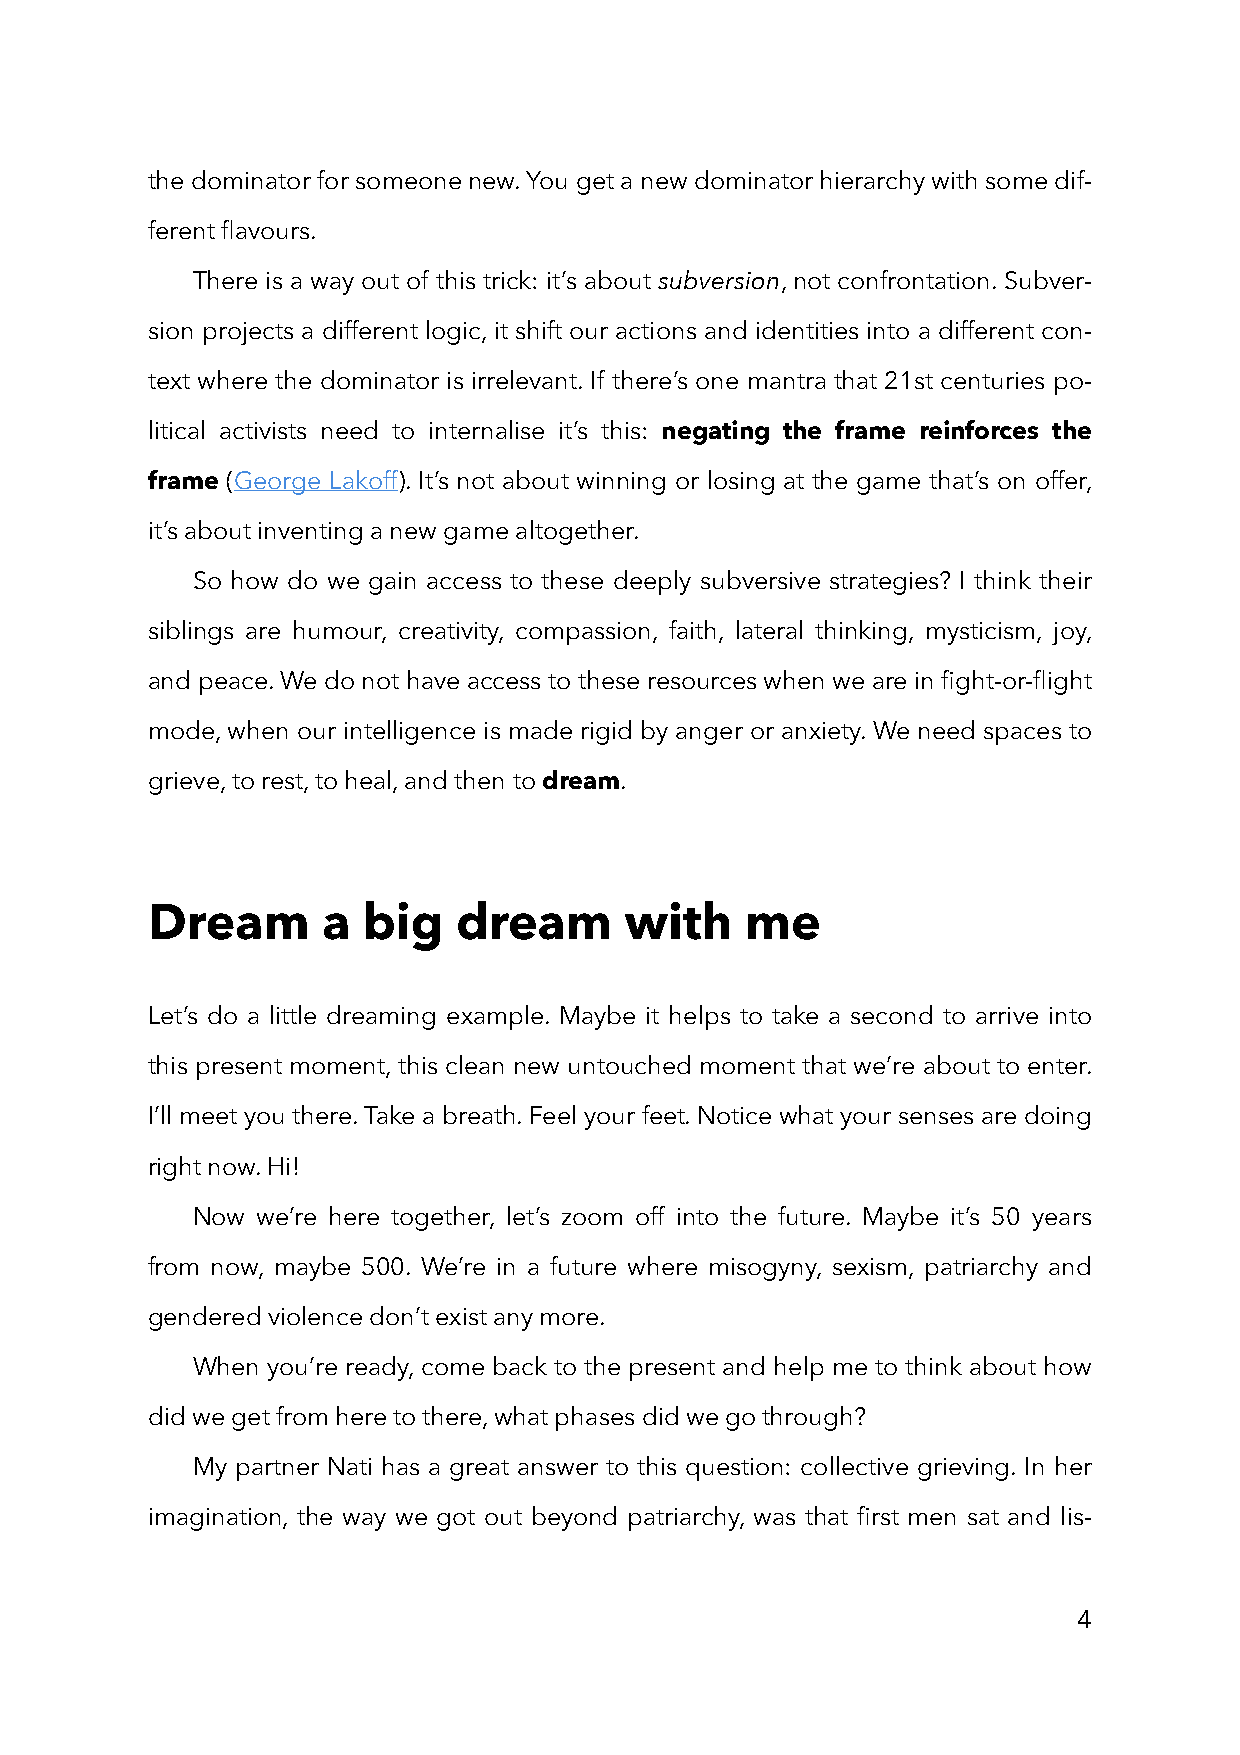
the dominator for someone new. You get a new dominator hierarchy with some dif-
 ferent flavours.
 There is a way out of this trick: it’s about subversion, not confrontation. Subver-
 sion projects a different logic, it shift our actions and identities into a different con-
 text where the dominator is irrelevant. If there’s one mantra that 21st centuries po-
 litical activists need to internalise it’s this: negating the frame reinforces the
 frame (George Lakoff). It’s not about winning or losing at the game that’s on offer,
 it’s about inventing a new game altogether.
 So how do we gain access to these deeply subversive strategies? I think their
 siblings are humour, creativity, compassion, faith, lateral thinking, mysticism, joy,
 and peace. We do not have access to these resources when we are in fight-or-flight
 mode, when our intelligence is made rigid by anger or anxiety. We need spaces to
 grieve, to rest, to heal, and then to dream.
 Dream      a  big   dream      with    me
 Let’s do a little dreaming example. Maybe it helps to take a second to arrive into
 this present moment, this clean new untouched moment that we’re about to enter.
 I’ll meet you there. Take a breath. Feel your feet. Notice what your senses are doing
 right now. Hi!
 Now we’re here together, let’s zoom off into the future. Maybe it’s 50 years
 from now, maybe 500. We’re in a future where misogyny, sexism, patriarchy and
 gendered violence don’t exist any more.
 When you’re ready, come back to the present and help me to think about how
 did we get from here to there, what phases did we go through?
 My partner Nati has a great answer to this question: collective grieving. In her
 imagination, the way we got out beyond patriarchy, was that first men sat and lis-
 4